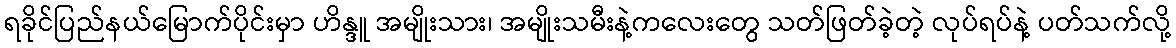
ရခိုင်ပြည်နယ်မြောက်ပိုင်းမှာ ဟိန္ဒူ အမျိုးသား၊ အမျိုးသမီးနဲ့ကလေးတွေ သတ်ဖြတ်ခဲ့တဲ့ လုပ်ရပ်နဲ့ ပတ်သက်လို့